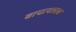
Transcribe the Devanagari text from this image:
वाचायलाच